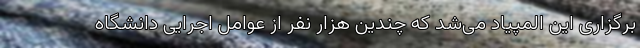
برگزاری این المپیاد می‌شد که چندین هزار نفر از عوامل اجرایی دانشگاه